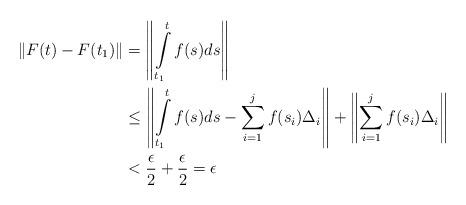
LaTeX: \begin{align*}\|F(t)-F(t_1)\|&=\left\|\int\limits_{t_1}^{t}f(s)ds\right\|\\&\leq \left\|\int\limits_{t_1}^{t}f(s)ds-\sum\limits_{i=1}^{j}f(s_i)\Delta_i\right\|+\left\|\sum\limits_{i=1}^{j}f(s_i)\Delta_i\right\|\\&< \frac{\epsilon}{2}+\frac{\epsilon}{2}=\epsilon\end{align*}